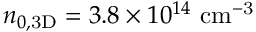
n _ { 0 , \mathrm { { 3 D } } } = 3 . 8 \times 1 0 ^ { 1 4 } ~ \mathrm { { c m ^ { - 3 } } }